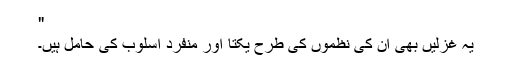
"
یہ غزلیں بھی ان کی نظموں کی طرح یکتا اور منفرد اسلوب کی حامل ہیں۔